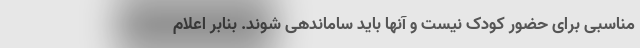
مناسبی برای حضور کودک نیست و آنها باید ساماندهی شوند. بنابر اعلام